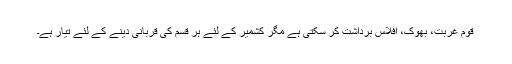
قوم غربت، بھوک، افلاس برداشت کر سکتی ہے مگر کشمیر کے لئے ہر قسم کی قربانی دینے کے لئے تیار ہے۔